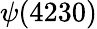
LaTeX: \psi(4230)